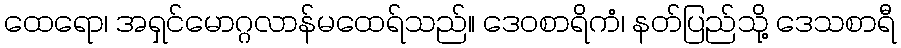
ထေရော၊ အရှင်မောဂ္ဂလာန်မထေရ်သည်။ ဒေဝစာရိကံ၊ နတ်ပြည်သို့ ဒေသစာရီ